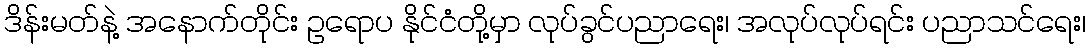
ဒိန်းမတ်နဲ့ အနောက်တိုင်း ဥရောပ နိုင်ငံတို့မှာ လုပ်ခွင်ပညာရေး၊ အလုပ်လုပ်ရင်း ပညာသင်ရေး၊